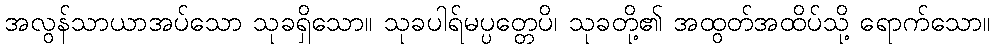
အလွန်သာယာအပ်သော သုခရှိသော။ သုခပါရ်မပ္ပတ္တေပိ၊ သုခတို့၏ အထွတ်အထိပ်သို့ ရောက်သော။